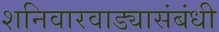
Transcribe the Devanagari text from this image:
शनिवारवाड्यासंबंधी